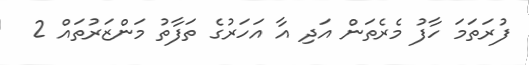
ފުރަތަމަ ހާފު މެރެތަން އަދި އާ އަހަރުގެ ތަފާތު މަންޒަރުތައް 2